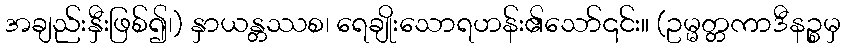
အချည်းနှီးဖြစ်၍၊) နှာယန္တဿစ၊ ရေချိုးသောရဟန်း၏သော်၎င်း။ (ဥမ္မတ္တကာဒီနဉ္စမှ